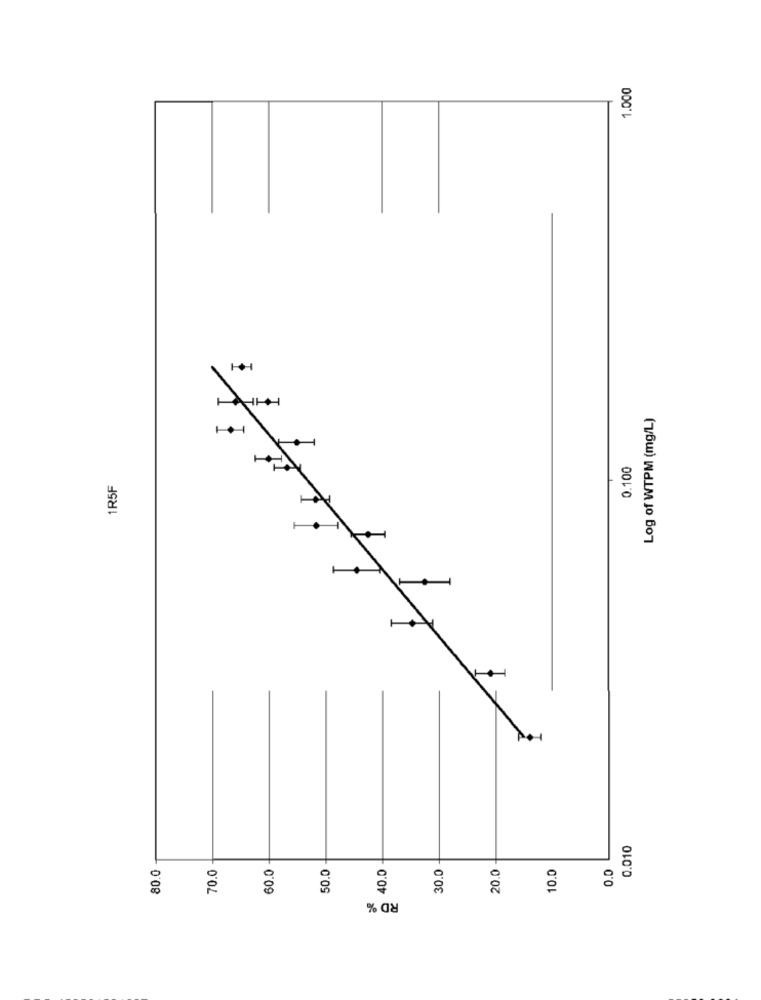
1.000
Log of WTPM (mg/L)
0.100
1R5F
0.010
80.0
60.0
20.0
10.0
0.0
70.0
60.0
40.0
30.0
RD %